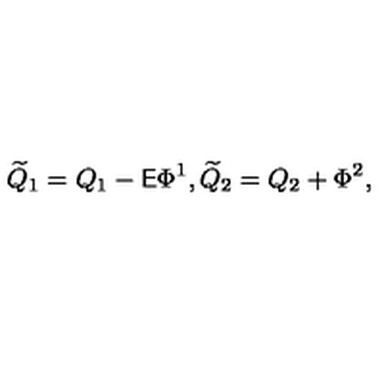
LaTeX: { \widetilde Q } _ { 1 } = Q _ { 1 } - { \sf E } \Phi ^ { 1 } , { \widetilde Q } _ { 2 } = Q _ { 2 } + \Phi ^ { 2 } ,